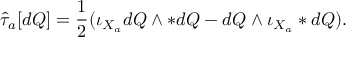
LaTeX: \hat { \tau } _ { a } [ d Q ] = \frac { 1 } { 2 } ( \iota _ { X _ { a } } d Q \wedge * d Q - d Q \wedge \iota _ { X _ { a } } * d Q ) .